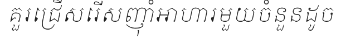
គួរជ្រើសរើសញុាំអាហារមួយចំនួនដូច